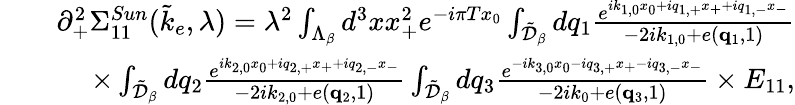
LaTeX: \begin{array}{rlr}&{}&{\partial_{+}^{2}\Sigma_{11}^{Sun}(\tilde{k}_{e},\lambda)=\lambda^{2}\int_{\Lambda_{\beta}}d^{3}xx_{+}^{2}e^{-i\pi Tx_{0}}\int_{\tilde{\cal D}_{\beta}}dq_{1}\frac{e^{ik_{1,0}x_{0}+iq_{1,+}x_{+}+iq_{1,-}x_{-}}}{-2ik_{1,0}+e({\mathbf q}_{1},1)}}\\ &{}&{\times\int_{\tilde{\cal D}_{\beta}}dq_{2}\frac{e^{ik_{2,0}x_{0}+iq_{2,+}x_{+}+iq_{2,-}x_{-}}}{-2ik_{2,0}+e({\mathbf q}_{2},1)}\int_{\tilde{\cal D}_{\beta}}dq_{3}\frac{e^{-ik_{3,0}x_{0}-iq_{3,+}x_{+}-iq_{3,-}x_{-}}}{-2ik_{0}+e({\mathbf q}_{3},1)}\times E_{11},}\end{array}